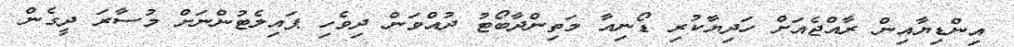
އިންޑިޔާއިން ރާއްޖެއަށް ހަދިޔާކުރި ޑޯނިއާ މަތިންދާބޯޓު ދުއްވަން ދިވެހި ޕައިލެޓުންނަށް މުސާރަ ދީގެން